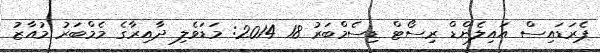
ޕެރަޑައިސް އައިލެންޑް ރިސޯޓް ޑިސެމްބަރު 18 2014: މަޑަވެލި ދާއިރާގެ މެމްބަރު މުއާޒު